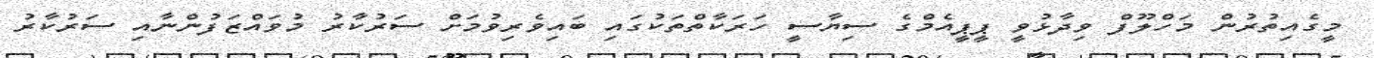
މީގެއިތުރުން މަހްލޫފް ވިދާޅުވީ ޕީޕީއެމްގެ ސިޔާސީ ހަރަކާތްތަކުގައި ބައިވެރިވުމަށް ސަަރުކާރު މުވައްޒަފުންނާއި ސަރުކާރު